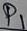
Text: P1